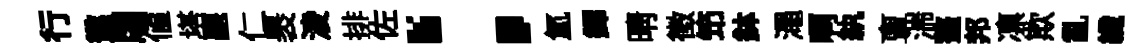
行懲牖值塔聽仁褁淩排佐：氳鐸晴徵笻鉢澠啊紈亶湍螯邦凛欺亂纖